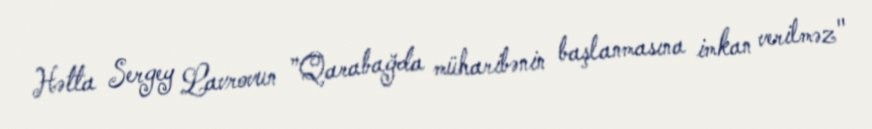
Hətta Sergey Lavrovun ”Qarabağda müharibənin başlanmasına imkan verilməz"